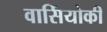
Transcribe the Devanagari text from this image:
वासिंयोकी